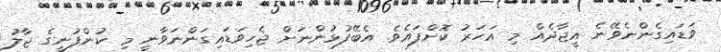
ވަޑައިގެންނެވޭނެ އީޖާދެއް މި އަހަރު ކޮށްފައެވެ. އެބޭފުޅުންނަށް ޖެހިވަޑައިގަންނަވާނީ މި ކުންފުނީގެ ޖާލު